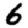
Digit: 6